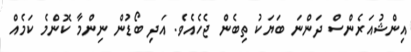
އިންޝުއަރެންސް ދަންނަ ބަޔަކު ތިބެން ޖެހެއެވެ. އަދި ބޯޑުން ނިންމާ ކޮންމެ ކަމެއް